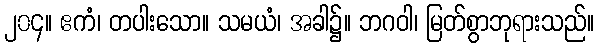
၂၀၄။ ဧကံ၊ တပါးသော။ သမယံ၊ အခါ၌။ ဘဂဝါ၊ မြတ်စွာဘုရားသည်။